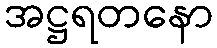
အဋ္ဌရတနော